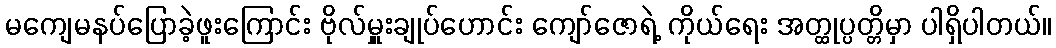
မကျေမနပ်ပြောခဲ့ဖူးကြောင်း ဗိုလ်မှူးချုပ်ဟောင်း ကျော်ဇောရဲ့ ကိုယ်ရေး အတ္ထုပ္ပတ္တိမှာ ပါရှိပါတယ်။